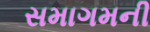
સમાગમની